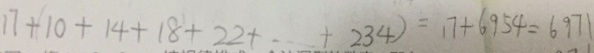
1 7 + 1 0 + 1 4 + 1 8 + 2 2 + \cdots + 2 3 4 ) = 1 7 + 6 9 5 4 = 6 9 7 1